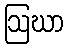
ဩဃာ